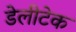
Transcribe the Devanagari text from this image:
डेलीटेक